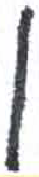
אות: ן